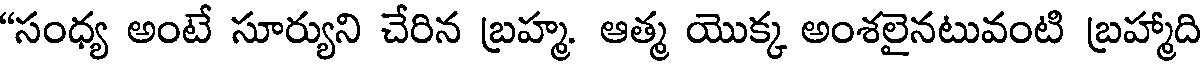
"సంధ్య అంటే సూర్యుని చేరిన బ్రహ్మ. ఆత్మ యొక్క అంశలైనటువంటి బ్రహ్మాది